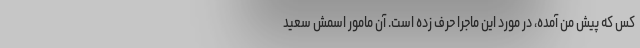
کس که پیش من آمده، در مورد این ماجرا حرف زده‌ است. آن مامور اسمش سعید